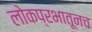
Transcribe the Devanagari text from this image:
लोकप्रभातूनच